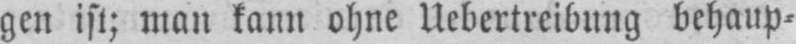
gen ist; man kann ohne Uebertreibung behaup⸗